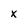
Character: x